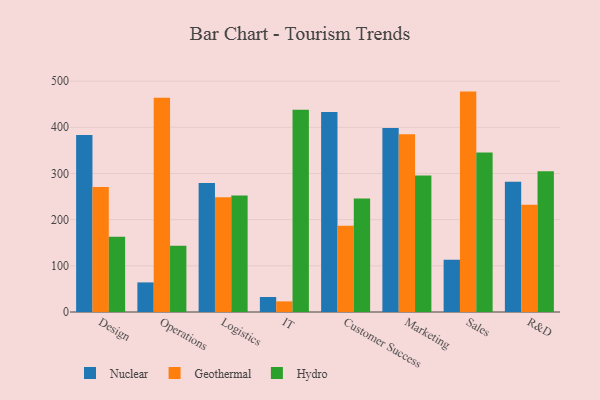
{"axis": {"x": "Department", "y": "Latency (ms)"}, "legend": ["Geothermal", "Hydro", "Nuclear"], "data": [{"x": "Design", "y": 383.2, "type": "Nuclear"}, {"x": "Design", "y": 270.9, "type": "Geothermal"}, {"x": "Design", "y": 162.8, "type": "Hydro"}, {"x": "Operations", "y": 64.1, "type": "Nuclear"}, {"x": "Operations", "y": 463.8, "type": "Geothermal"}, {"x": "Operations", "y": 143.5, "type": "Hydro"}, {"x": "Logistics", "y": 279.4, "type": "Nuclear"}, {"x": "Logistics", "y": 248.7, "type": "Geothermal"}, {"x": "Logistics", "y": 252.1, "type": "Hydro"}, {"x": "IT", "y": 32.5, "type": "Nuclear"}, {"x": "IT", "y": 23.0, "type": "Geothermal"}, {"x": "IT", "y": 438.1, "type": "Hydro"}, {"x": "Customer Success", "y": 433.2, "type": "Nuclear"}, {"x": "Customer Success", "y": 186.6, "type": "Geothermal"}, {"x": "Customer Success", "y": 245.6, "type": "Hydro"}, {"x": "Marketing", "y": 398.4, "type": "Nuclear"}, {"x": "Marketing", "y": 385.2, "type": "Geothermal"}, {"x": "Marketing", "y": 295.8, "type": "Hydro"}, {"x": "Sales", "y": 113.4, "type": "Nuclear"}, {"x": "Sales", "y": 477.3, "type": "Geothermal"}, {"x": "Sales", "y": 345.6, "type": "Hydro"}, {"x": "R&D", "y": 282.2, "type": "Nuclear"}, {"x": "R&D", "y": 232.4, "type": "Geothermal"}, {"x": "R&D", "y": 304.6, "type": "Hydro"}]}